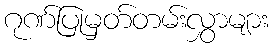
ဂုဏ်ပြုမှတ်တမ်းလွှာများ